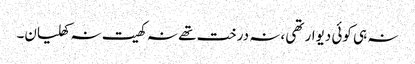
نہ ہی کوئی دیوار تھی ،نہ درخت تھے نہ کھیت نہ کھلیان۔